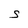
Character: S